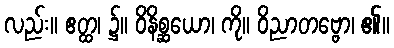
လည်း။ ဧတ္ထ၊ ၌။ ဝိနိစ္ဆယော၊ ကို။ ဝိညာတဗ္ဗော၊ ၏။